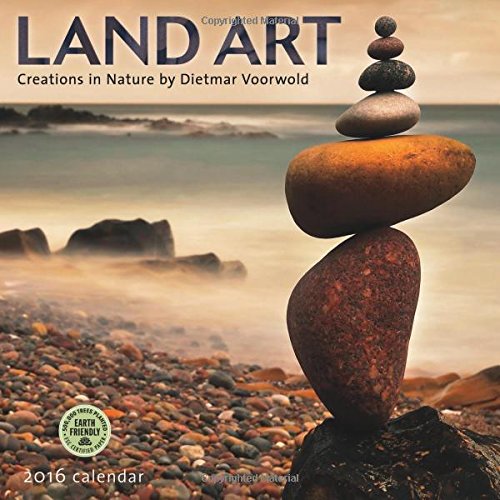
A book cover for Land Art 2016 Wall Calendar: Creations in Nature; Dietmar Voorwold; Calendars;